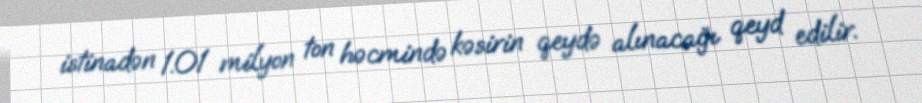
istinadən 1.01 milyon ton həcmində kəsirin qeydə alınacağı qeyd edilir.